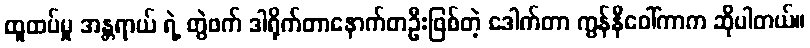
ထူထပ်မှု အန္တရာယ် ရဲ့ တွဲဖက် ဒါရိုက်တာနောက်တဦးဖြစ်တဲ့ ဒေါက်တာ ကွန်နီဝေါ်ကာက ဆိုပါတယ်။